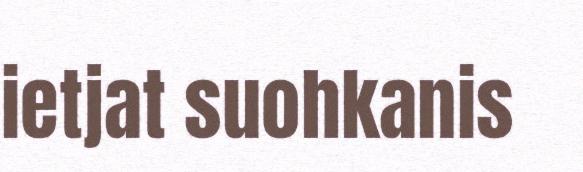
ietjat suohkanis